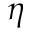
\eta